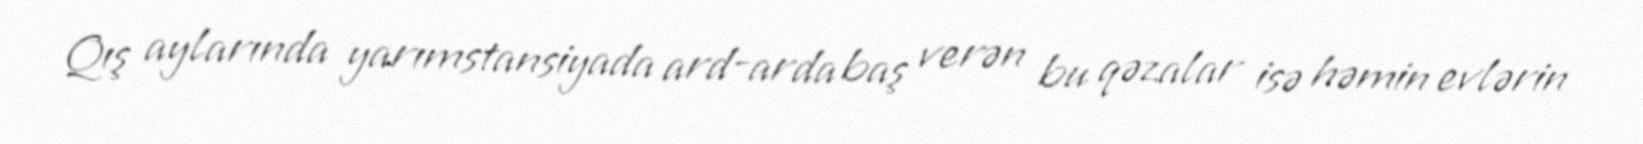
Qış aylarında yarımstansiyada ard-arda baş verən bu qəzalar isə həmin evlərin